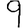
Digit: 9